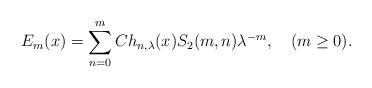
LaTeX: \begin{align*}E_m(x) = \sum_{n=0}^m Ch_{n,\lambda }(x) S_2(m,n) \lambda ^{-m}, \quad(m \geq 0).\end{align*}